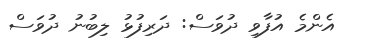
އެންމެ އުފާވި ދުވަސް: ދަރިފުޅު ލިބުނު ދުވަސް